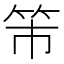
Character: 𥫴